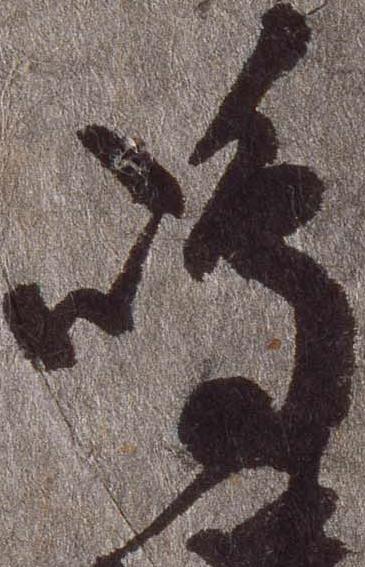
嶋